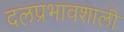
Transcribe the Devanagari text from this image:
दलप्रभावशाली